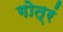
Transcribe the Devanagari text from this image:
गोत्रं